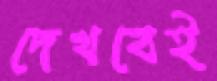
দেখবেই